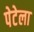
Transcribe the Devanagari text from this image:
पेटेला